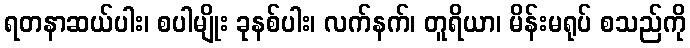
ရတနာဆယ်ပါး၊ စပါမျိုး ခုနစ်ပါး၊ လက်နက်၊ တူရိယာ၊ မိန်းမရုပ် စသည်ကို